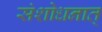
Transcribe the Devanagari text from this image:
संशोधनात्